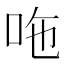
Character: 𠰹